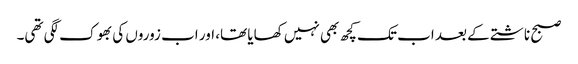
صبح ناشتے کے بعد اب تک کچھ بھی نہیں کھایا تھا، اور اب زوروں کی بھوک لگی تھی۔